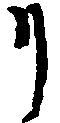
リ